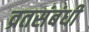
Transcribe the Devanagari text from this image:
व्रतसंबंधी